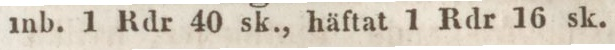
inb. 1 Rdr 40 sk., häftat 1 Rdr 16 sk.